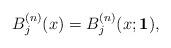
LaTeX: \begin{align*}B_{j}^{(n)}(x) = B_{j}^{(n)}(x;\mathbf{1}),\end{align*}